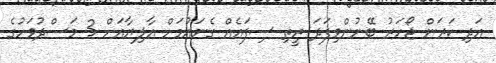
އަދި ކަރަން ޖޯހަރު ބޭނުންވިފަދަ ރީތި ސިފައެއް ގެނައުމަށް އާލިޔާއަށް 3 މަސްދުވަހުގެ